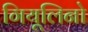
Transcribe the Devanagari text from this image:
गियूलिनो